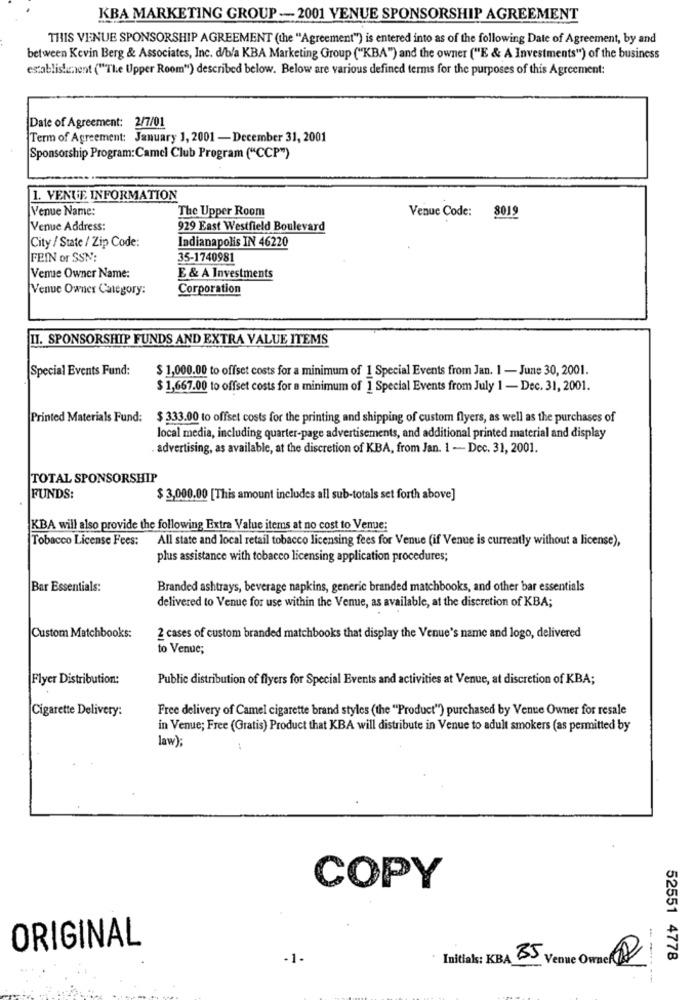
KBA MARKETING GROUP -- 2001 VENUE SPONSORSHIP AGREEMENT
THIS VENUE SPONSORSHIP AGREEMENT (the "Agreement") is entered into as of the following Date of Agreement, by and
between Kevin Berg & Associates, Inc. d/b/a KBA Marketing Group ("KBA") and the owner ("E & A Investments") of the business
establishunent ("The Upper Room") described below. Below are various defined terms for the purposes of this Agreement:
Date of Agreement: 2/7/01
Term of Agreement: January 1, 2001 - December 31, 2001
Sponsorship Program:Camel Club Program ("CCP")
1. VENUE INFORMATION
Venue Name:
The Upper Room
Venue Code:
8019
Venue Address:
929 East Westfield Boulevard
City / State / Zip Code:
Indianapolis IN 46220
FEIN or SSN:
35-1740981
Venue Owner Name:
E & A Investments
Venue Owner Category:
Corporation
II. SPONSORSHIP FUNDS AND EXTRA VALUE ITEMS
Special Events Fund:
$ 1,000.00 to offset costs for a minimum of 1 Special Events from Jan. 1 - June 30, 2001.
$ 1,667.00 to offset costs for a minimum of 1 Special Events from July 1 - Dec. 31, 2001.
Printed Materials Fund: $ 333.00 to offset costs for the printing and shipping of custom flyers, as well as the purchases of
local media, including quarter-page advertisements, and additional printed material and display
advertising, as available, at the discretion of KBA, from Jan. 1 - Dec. 31, 2001.
TOTAL SPONSORSHIP
FUNDS:
$ 3,000.00 [This amount includes all sub-totals set forth above]
KBA will also provide the following Extra Value items at no cost to Venue:
Tobacco License Fees:
All state and local retail tobacco licensing fees for Venue (if Venue is currently without a license),
plus assistance with tobacco licensing application procedures;
Bar Essentials:
Branded ashtrays, beverage napkins, generic branded matchbooks, and other bar essentials
delivered to Venue for use within the Venue, as available, at the discretion of KBA;
Custom Matchbooks:
2 cases of custom branded matchbooks that display the Venue's name and logo, delivered
to Venue;
Flyer Distribution:
Public distribution of flyers for Special Events and activities at Venue, at discretion of KBA;
Cigarette Delivery:
Free delivery of Camel cigarette brand styles (the "Product") purchased by Venue Owner for resale
in Venue; Free (Gratis) Product that KBA will distribute in Venue to adult smokers (as permitted by
law);
COPY
ORIGINAL
-1.
Initials: KBA
,35,
Venue Owner
52551 4778
-- --